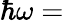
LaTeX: \hbar\omega=